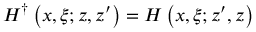
H ^ { \dagger } \left( x , \xi ; z , z ^ { \prime } \right) = H \left( x , \xi ; z ^ { \prime } , z \right)